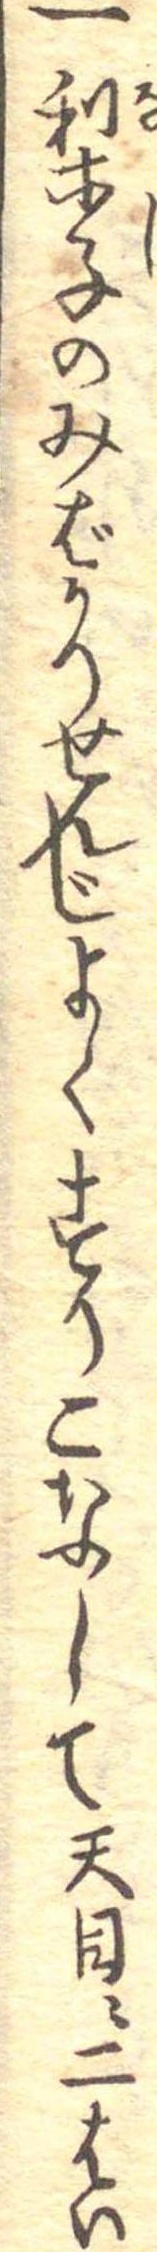
一梨子のみばかりせんじよくすりこなして天目に二はい